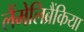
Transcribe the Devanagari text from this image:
लैंमेलिब्रैंकिया